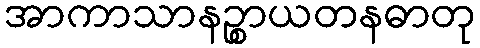
အာကာသာနဉ္စာယတနဓာတု